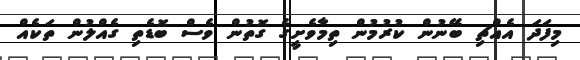
މިފަދަ އެއްޗި ބޭނުން ކުރުމުން ތިމާވެށީގެ ގޮތުން ވެސް ބޮޑެތި ގެއްލުން ތަކެއް